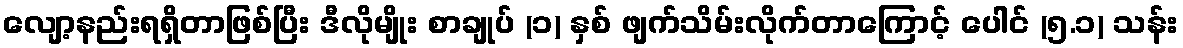
လျော့နည်းရရှိတာဖြစ်ပြီး ဒီလိုမျိုး စာချုပ် (၁) နှစ် ဖျက်သိမ်းလိုက်တာကြောင့် ပေါင် (၅.၁) သန်း